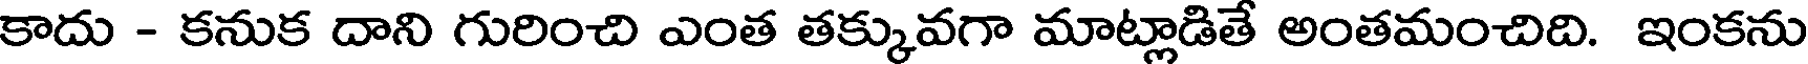
కాదు - కనుక దాని గురించి ఎంత తక్కువగా మాట్లాడితే అంతమంచిది. ఇంకను